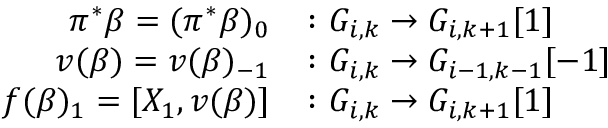
\begin{array} { r l } { \pi ^ { \ast } \beta = ( \pi ^ { \ast } \beta ) _ { 0 } } & { \colon G _ { i , k } \to G _ { i , k + 1 } \lbrack 1 \rbrack } \\ { v ( \beta ) = v ( \beta ) _ { - 1 } } & { \colon G _ { i , k } \to G _ { i - 1 , k - 1 } \lbrack - 1 \rbrack } \\ { f ( \beta ) _ { 1 } = [ X _ { 1 } , v ( \beta ) ] } & { \colon G _ { i , k } \to G _ { i , k + 1 } \lbrack 1 \rbrack } \end{array}